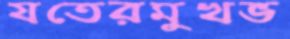
যতেরমুখভ